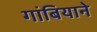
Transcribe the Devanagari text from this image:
गांबियाने